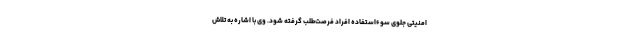
امنیتی جلوی سوءاستفاده افراد فرصت‌طلب گرفته شود. وی با اشاره به تلاش